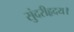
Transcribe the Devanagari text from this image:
सुंदरीहृदय।